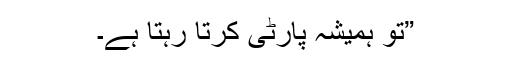
”تُو ہمیشہ پارٹی کرتا رہتا ہے۔